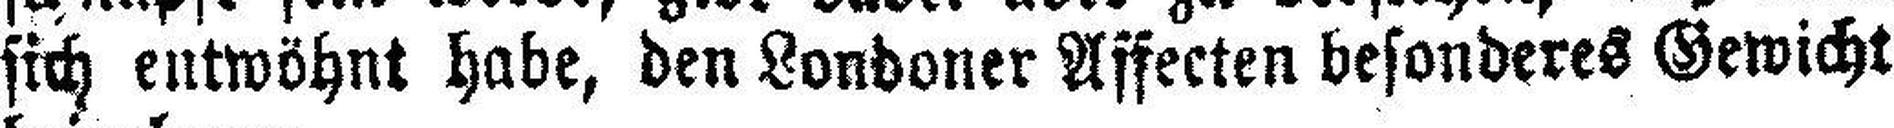
sich entwöhnt habe, den Londoner Affecten besonderes Gewicht